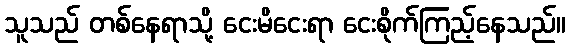
သူသည် တစ်နေရာသို့ ငေးမိငေးရာ ငေးစိုက်ကြည့်နေသည်။